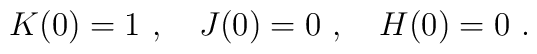
K(0)=1 \ ,  \ \ \ J(0) = 0 \ , \ \ \ H(0)=0\ .